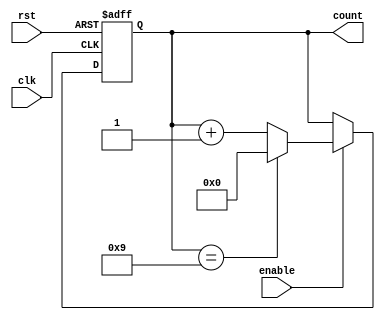
module bcd_up_counter_enable (
    input wire clk,           // Clock signal
    input wire rst,           // Reset signal
    input wire enable,        // Enable signal
    output reg [3:0] count    // BCD up counter output
);

// Synchronous BCD up counter with enable
always @(posedge clk or posedge rst) begin
    if (rst) begin
        count <= 4'd0;      // Reset counter to 0
    end else if (enable) begin
        if (count == 4'd9) begin
            count <= 4'd0;  // Reset counter to 0 after reaching 9
        end else begin
            count <= count + 1; // Increment counter by 1
        end
    end
end

endmodule